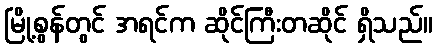
မြို့စွန်တွင် အရင်က ဆိုင်ကြီးတဆိုင် ရှိသည်။